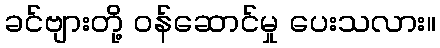
ခင်ဗျားတို့ ဝန်ဆောင်မှု ပေးသလား။